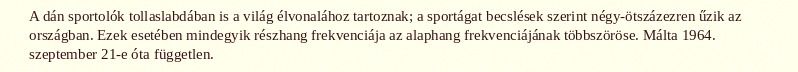
A dán sportolók tollaslabdában is a világ élvonalához tartoznak; a sportágat becslések szerint négy-ötszázezren űzik az országban. Ezek esetében mindegyik részhang frekvenciája az alaphang frekvenciájának többszöröse. Málta 1964. szeptember 21-e óta független.